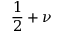
{ \frac { 1 } { 2 } } + \nu